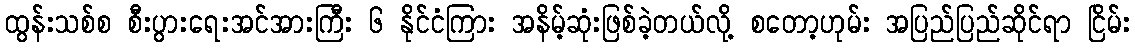
ထွန်းသစ်စ စီးပွားရေးအင်အားကြီး ၆ နိုင်ငံကြား အနိမ့်ဆုံးဖြစ်ခဲ့တယ်လို့ စတော့ဟုမ်း အပြည်ပြည်ဆိုင်ရာ ငြိမ်း